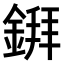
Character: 𫒲